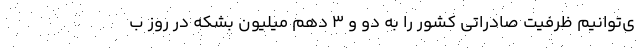
ی‌توانیم ظرفیت صادراتی کشور را به دو و 3 دهم میلیون بشکه در روز ب